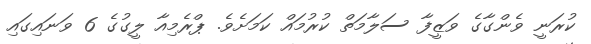
ކުރަނީ ވެންގާގެ ވަޒީފާ ސަލާމަތް ކުރުމައް ކަމަށެވެ. ޕްރެމިއާ ލީގުގެ 6 ވަނައިގައި